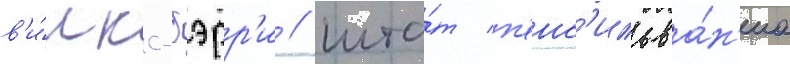
в'и́лкс-бэрр'и / шта́т п'енс'ильва́н'иа